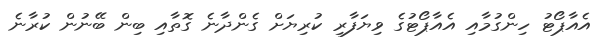
އެއާޕޯޓު ހިންގުމާއި އެއާޕޯޓުގެ ވިޔަފާރި ކުރިޔަށް ގެންދާނެ ގޮތާއި ބިން ބޭނުން ކުރާނެ